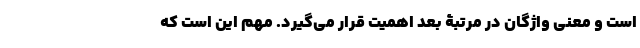
است و معنی واژگان در مرتبۀ بعد اهمیت قرار می‌گیرد. مهم این است که